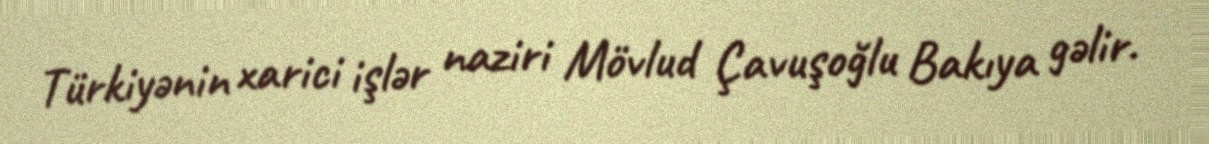
Türkiyənin xarici işlər naziri Mövlud Çavuşoğlu Bakıya gəlir.